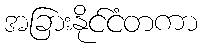
အခြားနိုင်ငံတကာ